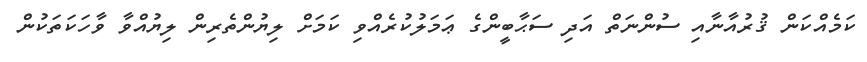
ކަމެއްކަން ޤުރުއާނާއި ސުންނަތް އަދި ސަޙާބީންގެ ޢަމަލުކުރެއްވި ކަމަށް ލިޔުންތެރިން ލިޔުއްވާ ވާހަކަތަކުން